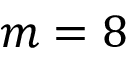
m = 8